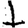
Digit: 1